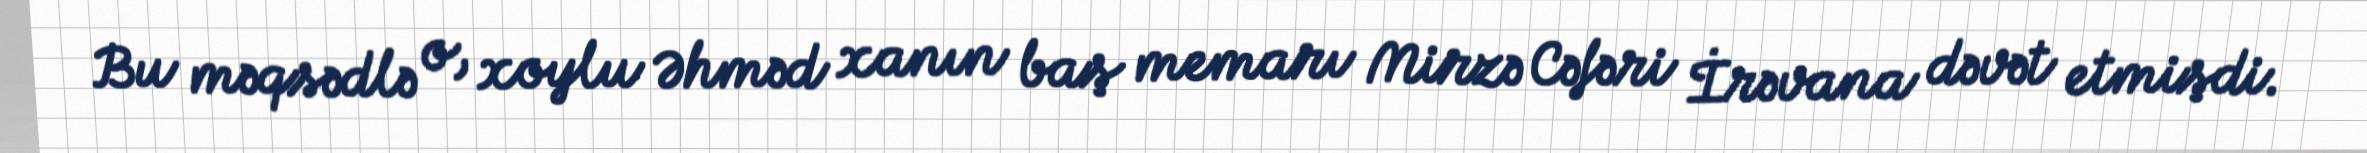
Bu məqsədlə o, xoylu Əhməd xanın baş memarı Mirzə Cəfəri İrəvana dəvət etmişdi.